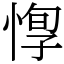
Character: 惸